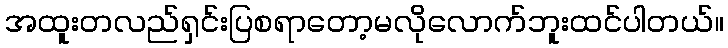
အထူးတလည်ရှင်းပြစရာတော့မလိုလောက်ဘူးထင်ပါတယ်။